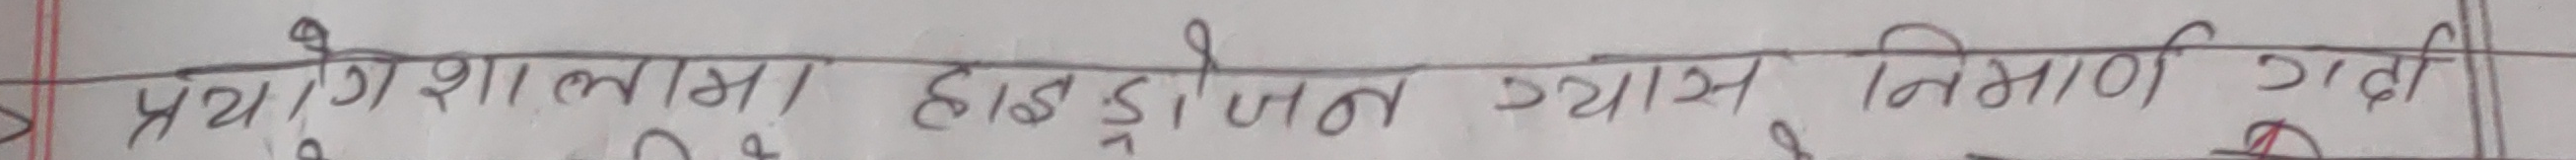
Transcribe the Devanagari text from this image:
प्रयोगशालामा हाइड्रोजन ग्यास निर्माण गर्दा